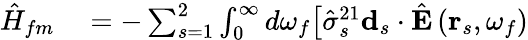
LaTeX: \begin{array}{rl}{\hat{H}_{fm}}&{{}=-\sum_{s=1}^{2}\int_{0}^{\infty}d\omega_{f}\bigl[\hat{\sigma}_{s}^{21}\mathbf{d}_{s}\cdot\hat{\mathbf{E}}\left(\mathbf{r}_{s},\omega_{f}\right)}\end{array}